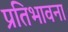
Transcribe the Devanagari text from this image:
प्रतिभावना